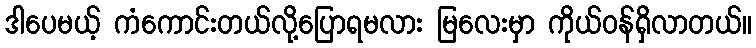
ဒါပေမယ့် ကံကောင်းတယ်လို့ပြောရမလား မြလေးမှာ ကိုယ်ဝန်ရှိလာတယ်။